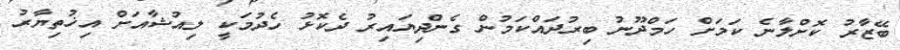
ބޭޒާރު ކޮށްލާނެ ކަމަށް ހަމްދޫނު ބިރުދައްކަމުން ގެންދިޔައިރު ދެކޮޅު ހެދުމަކީ ލިއުޝާއަށް އިޚުތިޔާރު